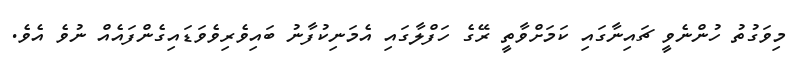
މިވަގުތު ހުންނެވީ ޗައިނާގައި ކަމަށްވާތީ ރޭގެ ހަފްލާގައި އެމަނިކުފާނު ބައިވެރިވެވަޑައިގެންފައެއް ނުވެ އެވެ.